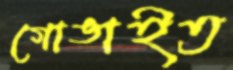
গোঙাইত